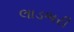
લાડભરી